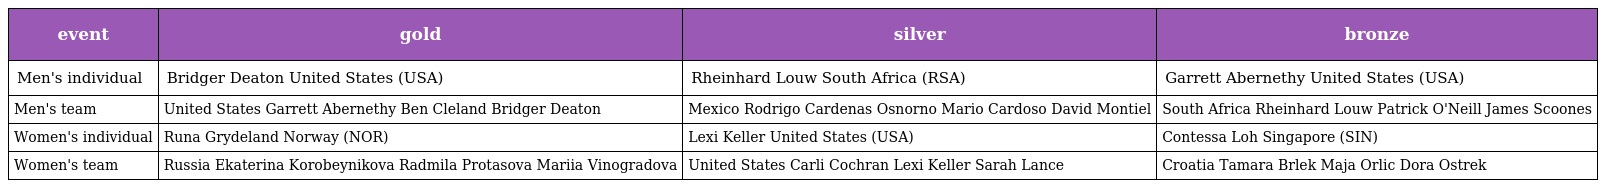
| event | gold | silver | bronze |
 | --- | --- | --- | --- |
 | Men's individual | Bridger Deaton United States (USA) | Rheinhard Louw South Africa (RSA) | Garrett Abernethy United States (USA) |
 | Men's team | United States Garrett Abernethy Ben Cleland Bridger Deaton | Mexico Rodrigo Cardenas Osnorno Mario Cardoso David Montiel | South Africa Rheinhard Louw Patrick O'Neill James Scoones |
 | Women's individual | Runa Grydeland Norway (NOR) | Lexi Keller United States (USA) | Contessa Loh Singapore (SIN) |
 | Women's team | Russia Ekaterina Korobeynikova Radmila Protasova Mariia Vinogradova | United States Carli Cochran Lexi Keller Sarah Lance | Croatia Tamara Brlek Maja Orlic Dora Ostrek |